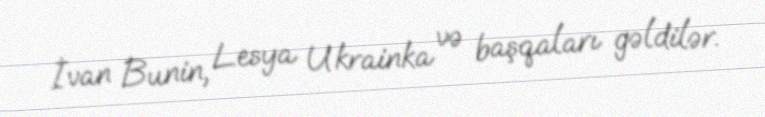
İvan Bunin, Lesya Ukrainka və başqaları gəldilər.